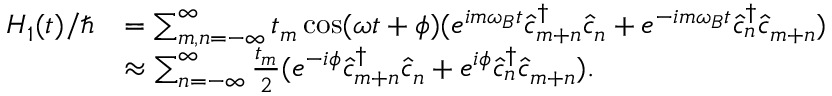
\begin{array} { r l } { H _ { 1 } ( t ) / \hbar } & { = \sum _ { m , n = - \infty } ^ { \infty } t _ { m } \cos ( \omega t + \phi ) ( e ^ { i m \omega _ { B } t } \hat { c } _ { m + n } ^ { \dagger } \hat { c } _ { n } + e ^ { - i m \omega _ { B } t } \hat { c } _ { n } ^ { \dagger } \hat { c } _ { m + n } ) } \\ & { \approx \sum _ { n = - \infty } ^ { \infty } \frac { t _ { m } } { 2 } ( e ^ { - i \phi } \hat { c } _ { m + n } ^ { \dagger } \hat { c } _ { n } + e ^ { i \phi } \hat { c } _ { n } ^ { \dagger } \hat { c } _ { m + n } ) . } \end{array}